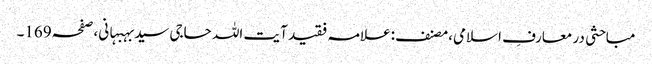
مباحثی در معارفِ اسلامی،مصنف:علامہ فقید آیت اللہ حاجی سیدبہبہانی،صفحہ169۔